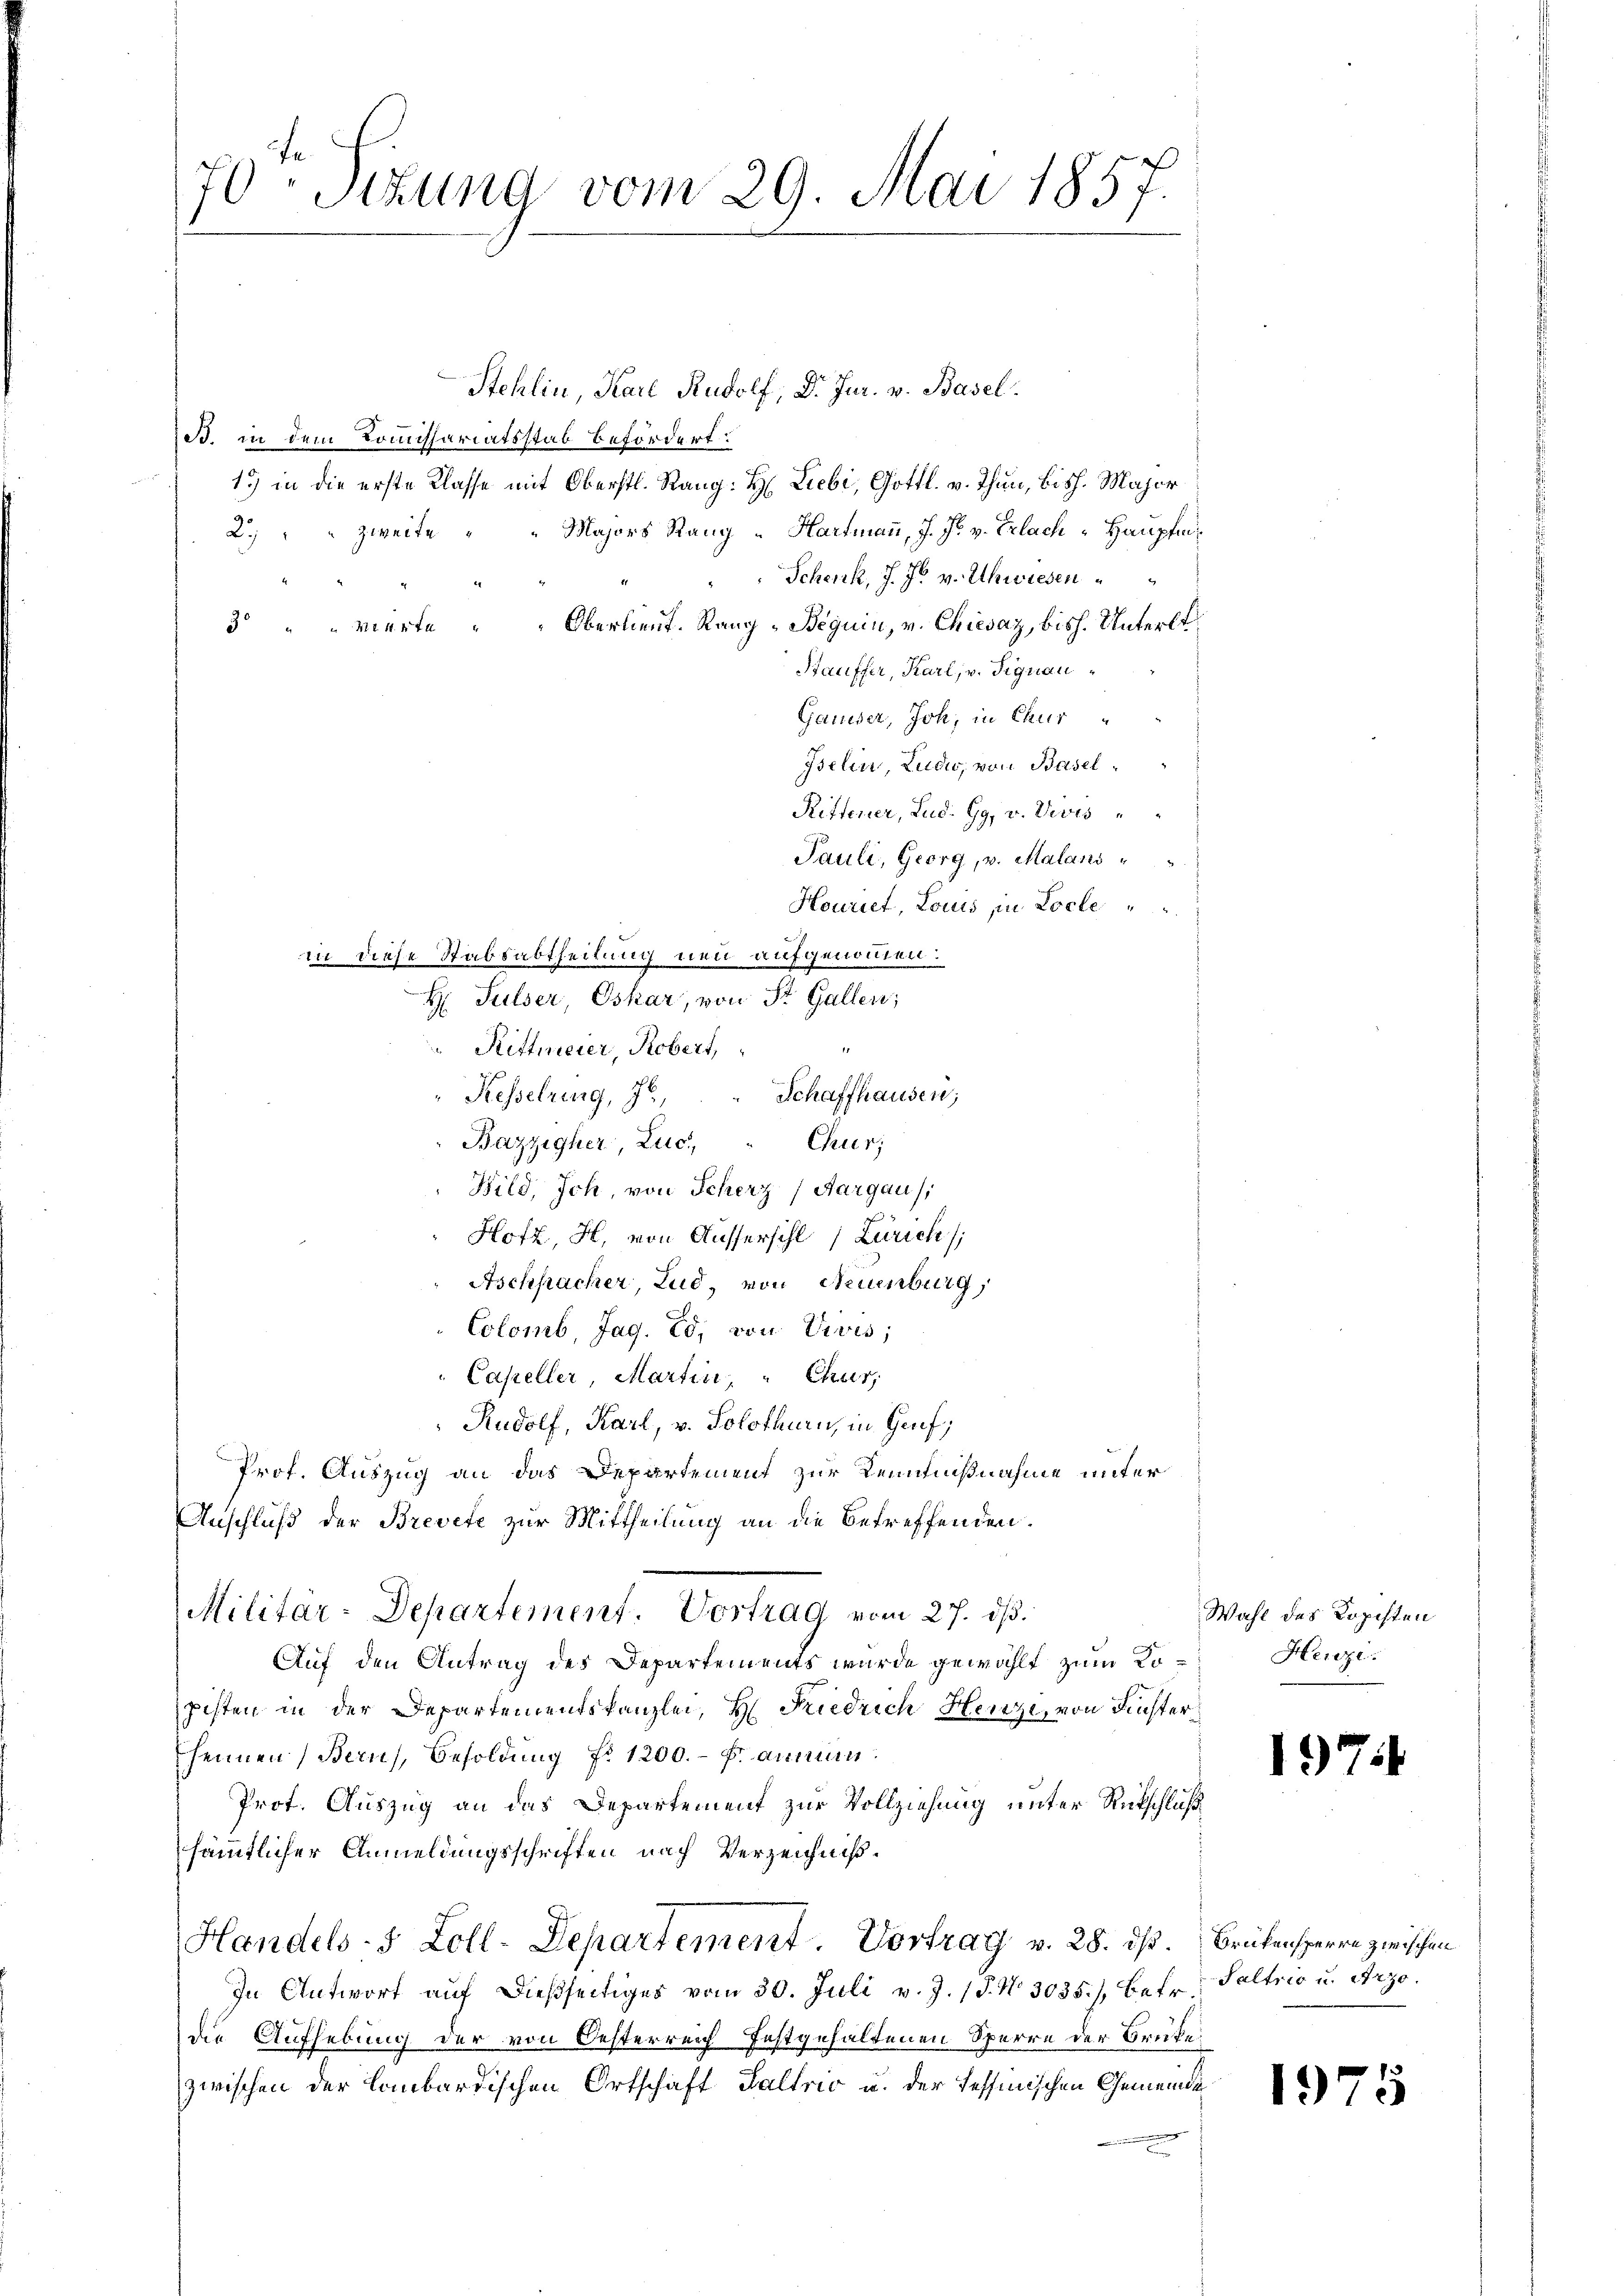
70ten Sizung vom 29. Mai 1857.

Stehlin, Karl Rudolf, Dr. Jur. v. Basel.
B. in dem Kommissariatsstab befördert.
13) in die erste Klasse mit Oberstl. Rang: H: Liebe, Gottl. v. Thun, bish. Major
2.) " " zweite " " Majors Rang - Hartmaṅ, J. F. v. Erlach " Haŭptm.
Schenk, J. Js. v. Uhwiesen
.
35 " " Würte " " Oberlieut. Rang - Beguin, v. Chiesaz, bish. Unterlt
Htauffer, Karl, v. Signau
Gausser, Joh, in Chur
Iselin, Ludwo, von Basel¬
Rittener, Lud. Gg. v. Divis
Pauli, Georg, v. Malans
Houriet, Louis in Locle
in diese Stabsabtheilung neu aufgenommen.
H Sulser, Oskar, von St. Gallen;
Rittmeier, Robert,
.
Schaffhausen,
Kesselring, 7,
Bazzigher Luc. " Chur;
Bild, Joh, von Scherz (Aargau,
Hofz, H. von Aussersihl (Zürich
Aschpacher, Lud, von Neuenburg,
Colomb, Jag. Ed. von Divis;
Capeller, Martin, " Chur,
Rudolf, Karl, v. Solothurn, in Gruf,
Prof. Auszug an das Departement zur Kenntnißnahme unter
Anschluß der Brevete zur Mittheilung an die Betreffenden.
Militar-Departement. Vortrag vom 27. dβ.
Auf den Antrag des Departements wurde gewählt zum Kopisten in der Departementskanzlei, H. Riedrich Henzi, von Finster
heimen (Bern, Besoldung No 1200.- Fr. annun
Prot. Auszug an das Departement zur Vollziehung unter Rückschluß
sämmtlicher Anmeldungsschriften nach Verzeichniß¬
Handels- & Zoll-Departement. Vortrag v. 28. ds. Brükensperre zwischen
In Antwort aŭf dießseitiges vom 30. Juli v. J. 17. No. 3035.) Betr.
die Aufhebung der von Oesterreich festgehaltenen Sperre der Brüke
zwischen der Lombardischen Ortschaft Haltrić u. der Tessinischen Gemeinde
n

Wahl des Kopisten
Heuzi.

19

1)

¬

Saltris u. Arzo.

1